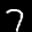
Label: 7